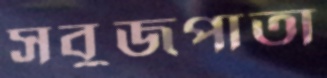
সবুজপাতা